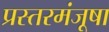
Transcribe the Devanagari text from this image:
प्रस्तरमंजूषा